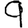
Digit: 9